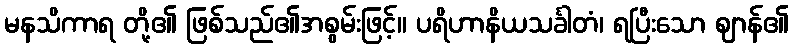
မနသိကာရ တို့၏ ဖြစ်သည်၏အစွမ်းဖြင့်။ ပရိဟာနိယသင်္ခါတံ၊ ရပြီးသော ဈာန်၏